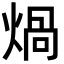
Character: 煱